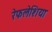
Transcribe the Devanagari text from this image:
रेफलेशिया